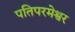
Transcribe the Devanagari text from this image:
पतिपरमेश्वर